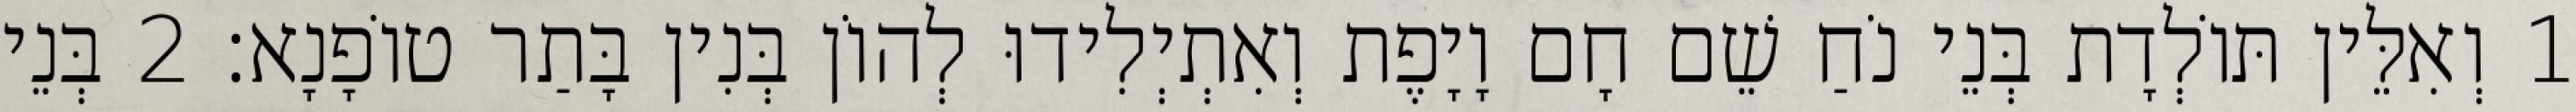
1 וְאִלֵּין תּוֹלְדָת בְּנֵי נֹחַ שֵׁם חָם וָיָפֶת וְאִתְיְלִידוּ לְהוֹן בְּנִין בָּתַר טוֹפָנָא׃ 2 בְּנֵי